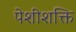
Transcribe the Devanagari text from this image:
पेशीशक्ति